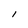
Character: I